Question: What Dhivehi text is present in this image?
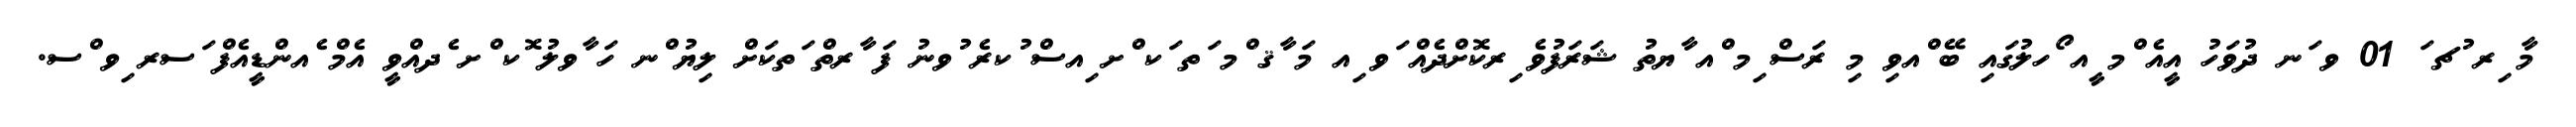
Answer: މާ ިރ ުޗ ަ 01 ވ ަނ ދުވަހު އީއެ ްމ ީއ ޯހލުގައި ބޭ ްއވި މި ރަސް ިމ ްއ ާޔތު ޝަރަފުވެ ިރކޮށްދެއް ަވ ިއ މަ ާޤ ްމ ަތ ަކ ްށ ިއސް ުކރެ ުވނު ފަ ާރތް ަތކަށް ލިޔު ްނ ހަ ާވލު ޮކ ްށ ެދއްވީ އެމް ެއންޑީއެފް ަސރ ިވ ްސ.